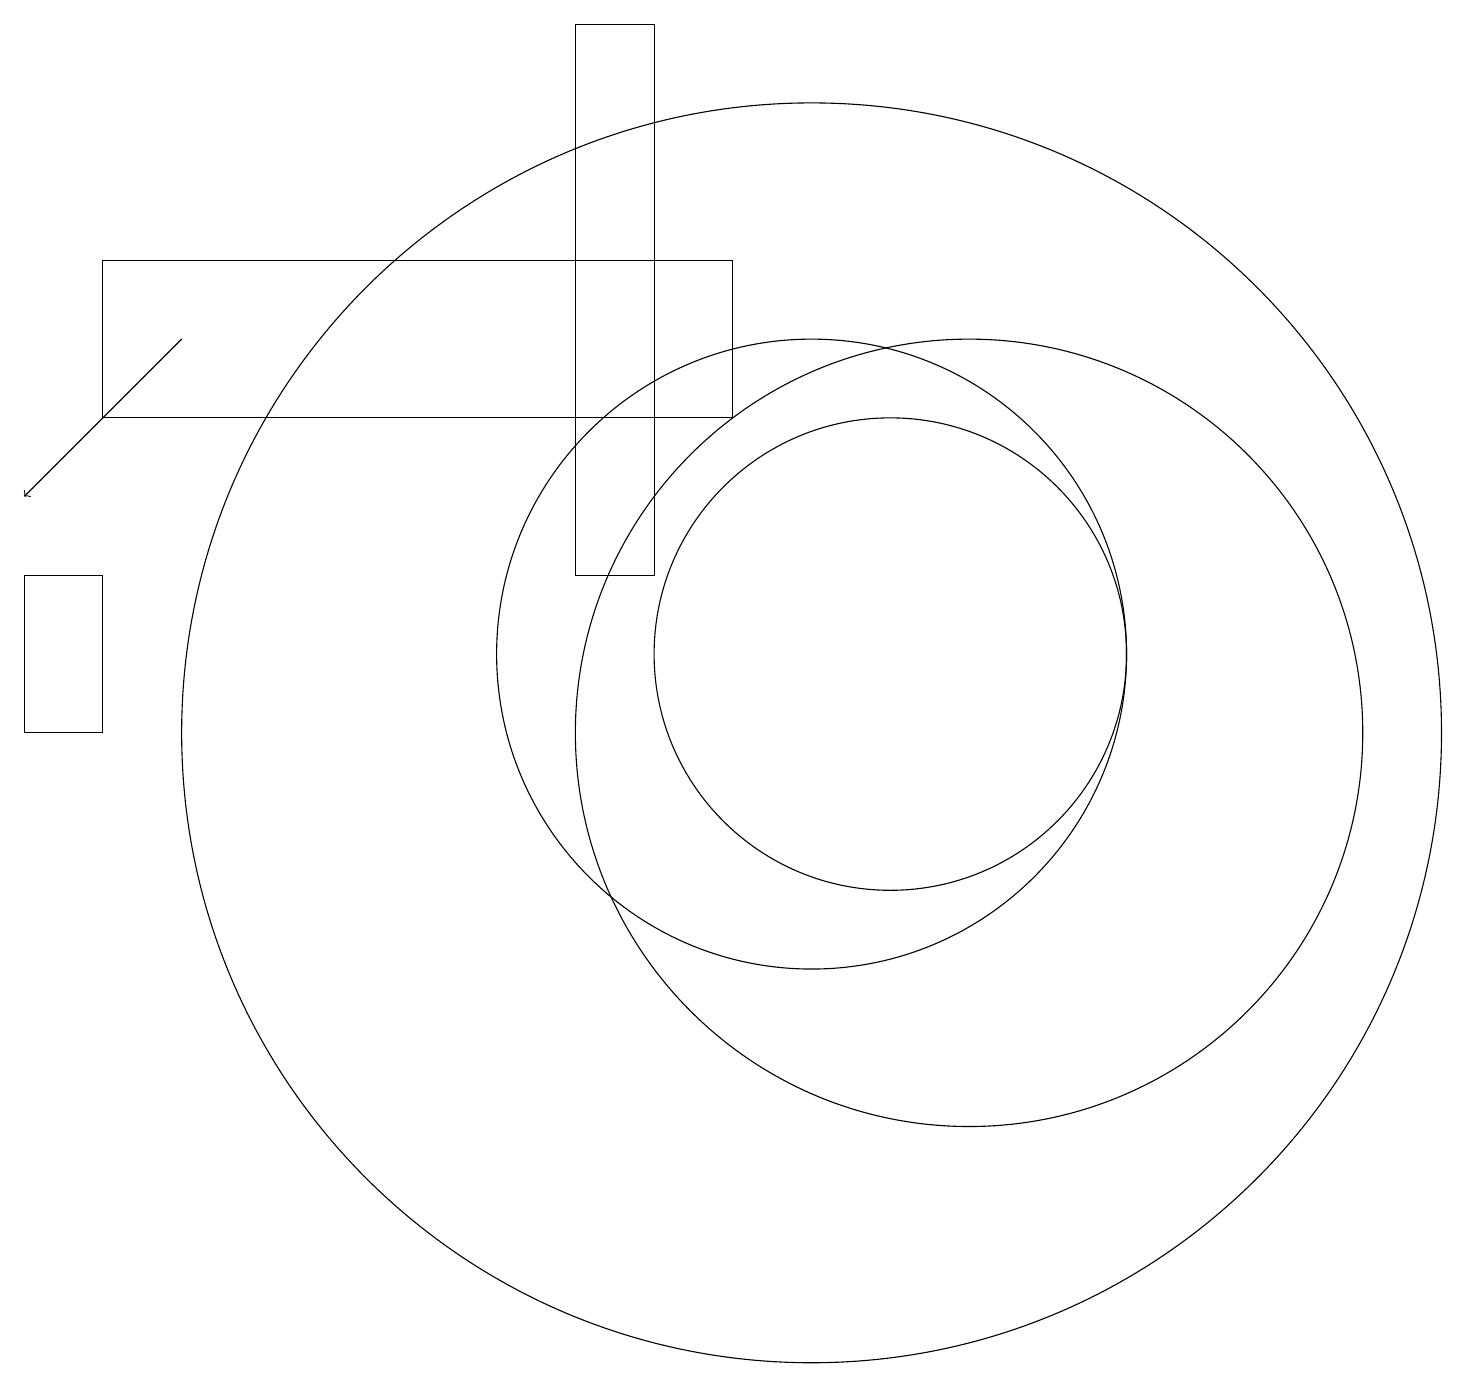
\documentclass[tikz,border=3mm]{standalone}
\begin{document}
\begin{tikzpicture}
\draw (10,11) circle (4);
\draw (11,11) circle (3);
\draw (12,10) circle (5);
\draw[->] (2,15) -- (0,13);
\draw (9,14) rectangle (1,16);
\draw (10,10) circle (8);
\draw (7,19) rectangle (8,12);
\draw (1,12) rectangle (0,10);
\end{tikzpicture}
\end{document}